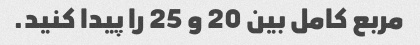
مربع کامل بین 20 و 25 را پیدا کنید.